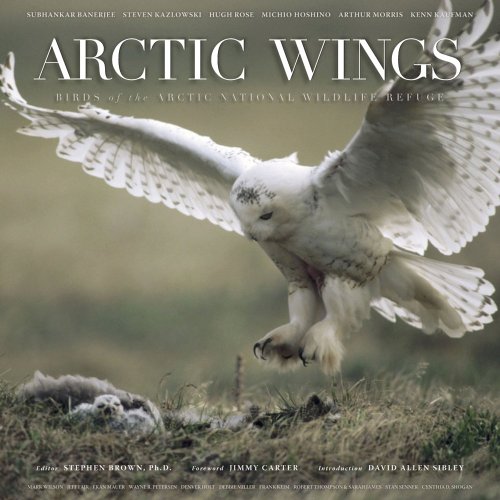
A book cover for Arctic Wings: Birds of the Arctic National Wildlife Refuge [With CD]; Travel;